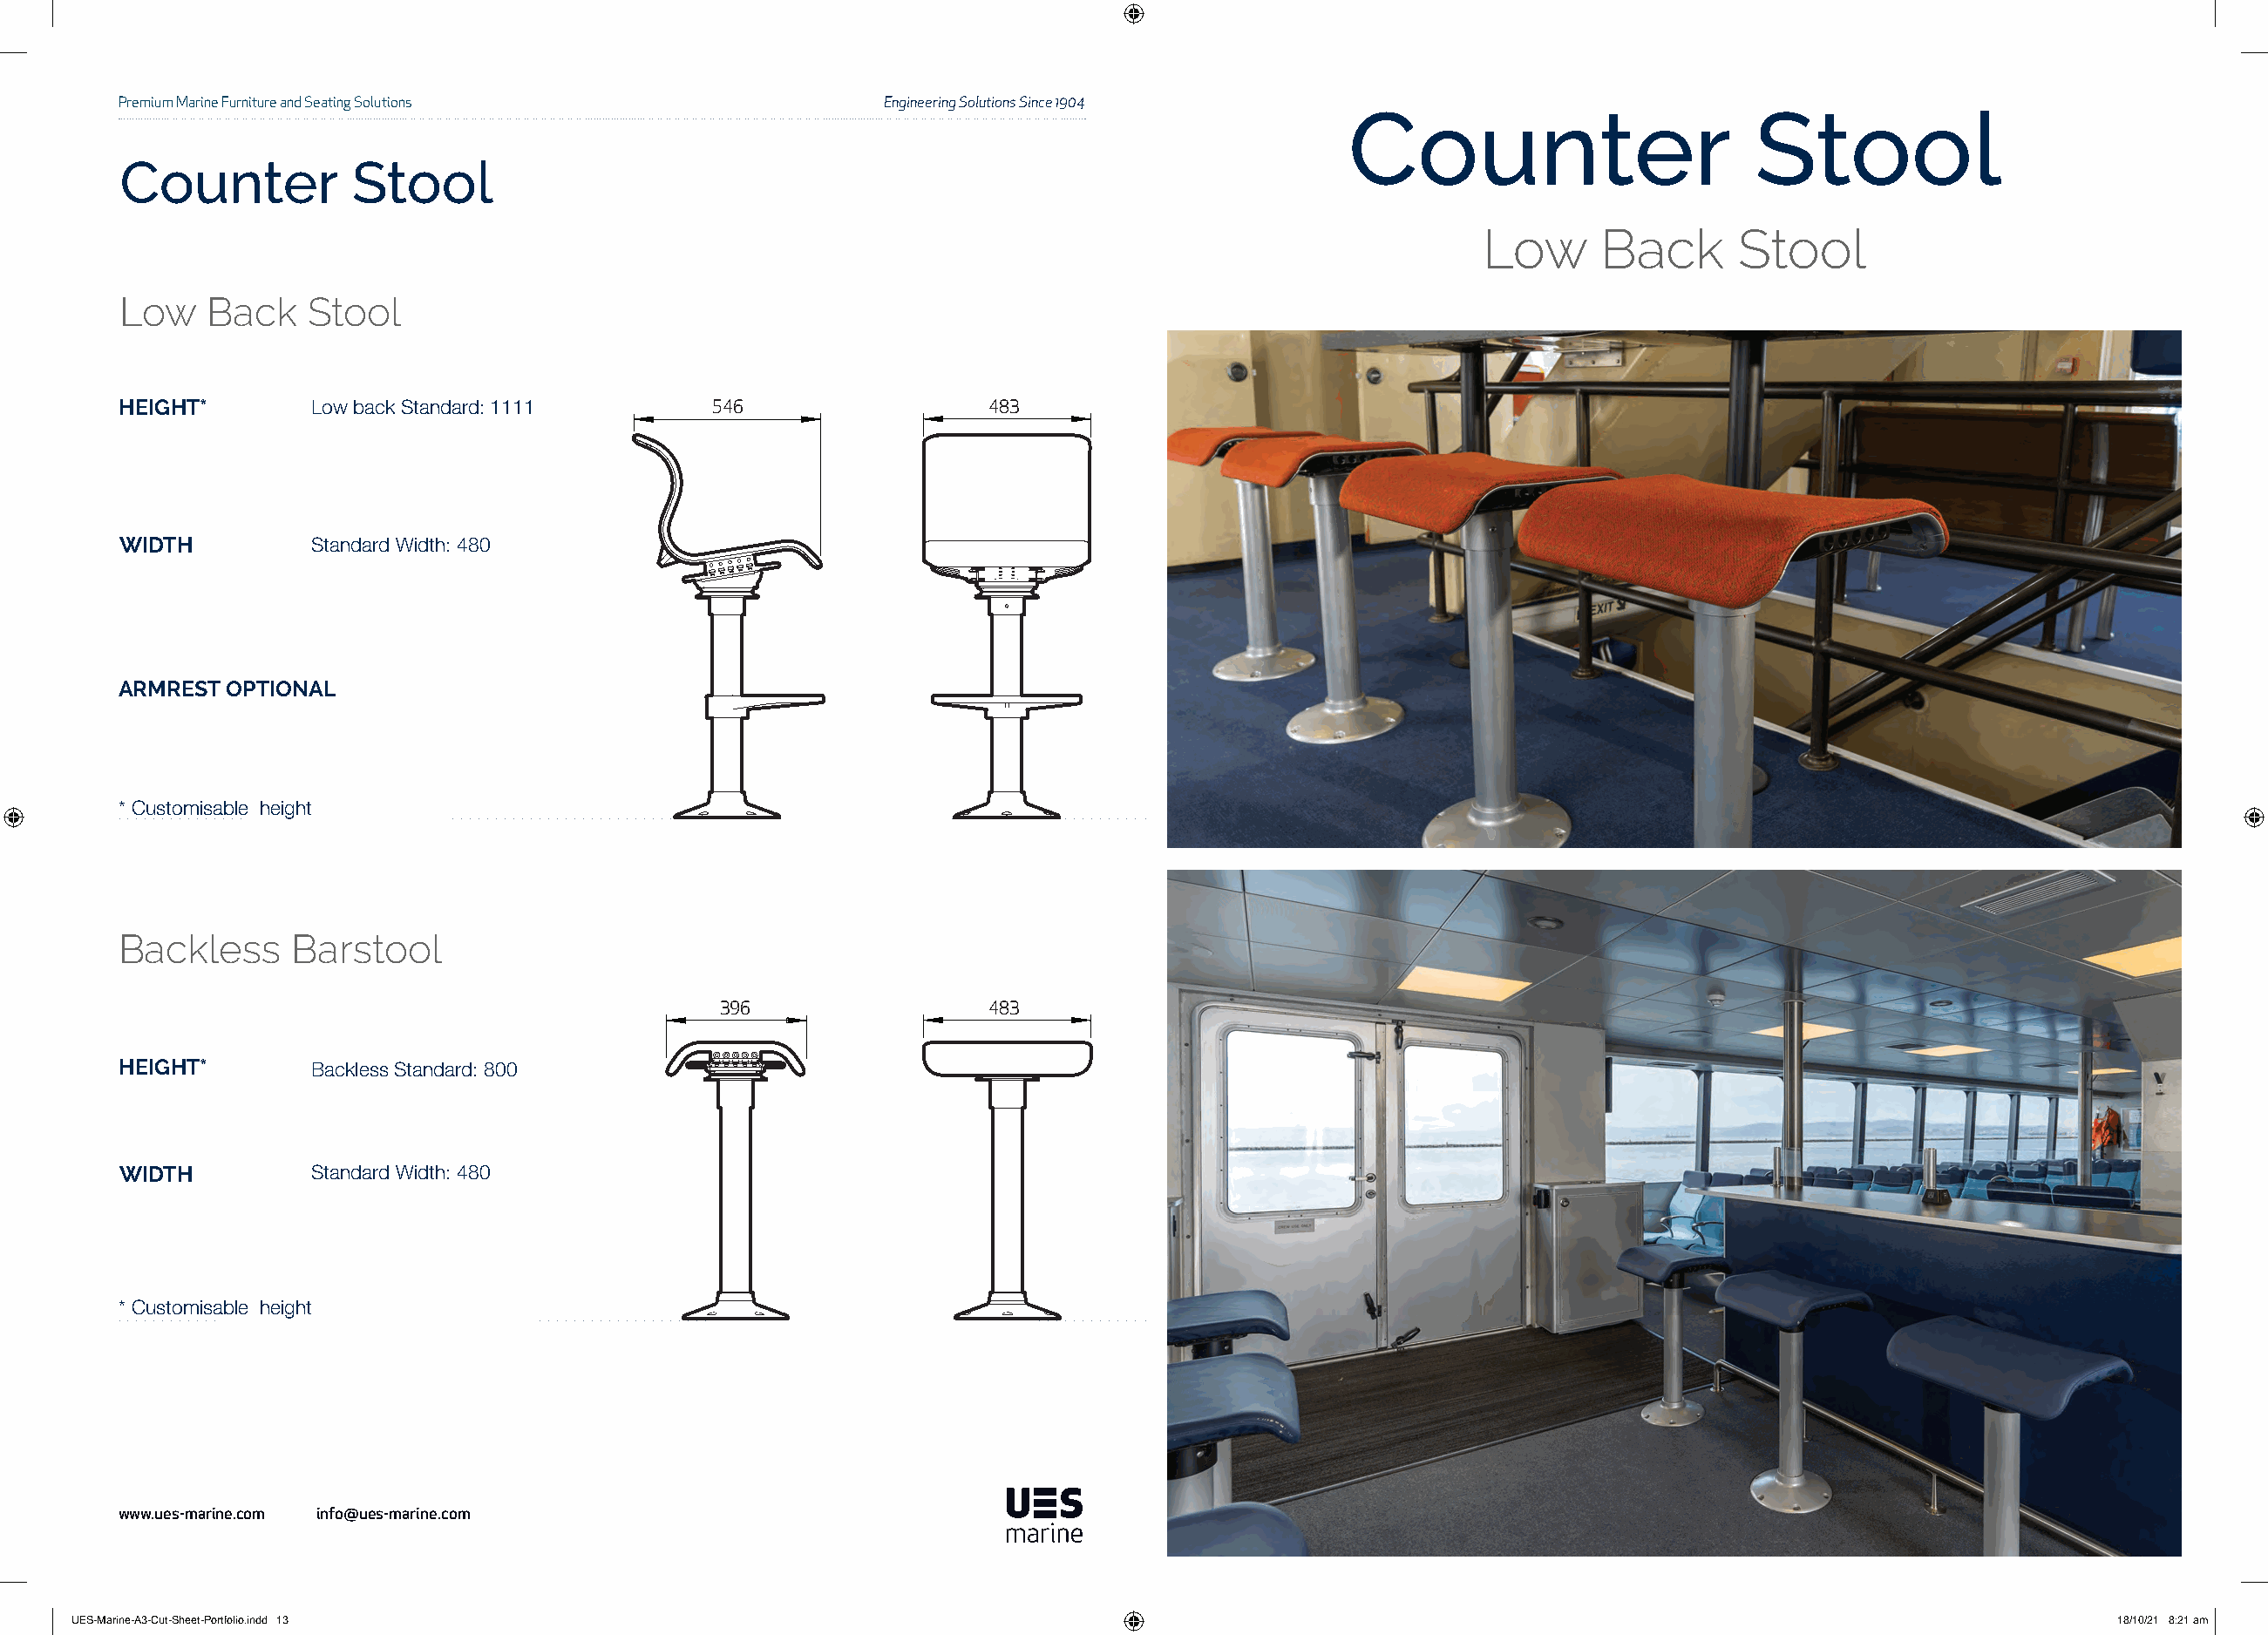
Premium Marine Furniture and Seating Solutions            Engineering Solutions Since 1904
 Counter                        Stool
 Counter           Stool
 Low      Back      Stool
 Low    Back   Stool
 HEIGHT*        Low back Standard: 1111       546                  483
 WIDTH          Standard Width: 480
 ARMREST OPTIONAL
 * Customisable height
 Backless     Barstool
 396                 483
 HEIGHT*        Backless Standard: 800
 WIDTH          Standard Width: 480
 * Customisable height
 www.ues-marine.com info@ues-marine.com
 UUEESS--MMaarriinnee--AA33--CCuutt--SShheeeett--PPoorrttffoolliioo..iinndddd 1133                                                                           1188//1100//2211 88::2211 aamm